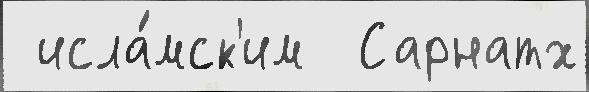
 исла́мск'им  Сарнатх